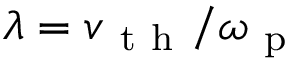
\lambda = v _ { \mathrm { ~ t ~ h ~ } } / \omega _ { \mathrm { ~ p ~ } }